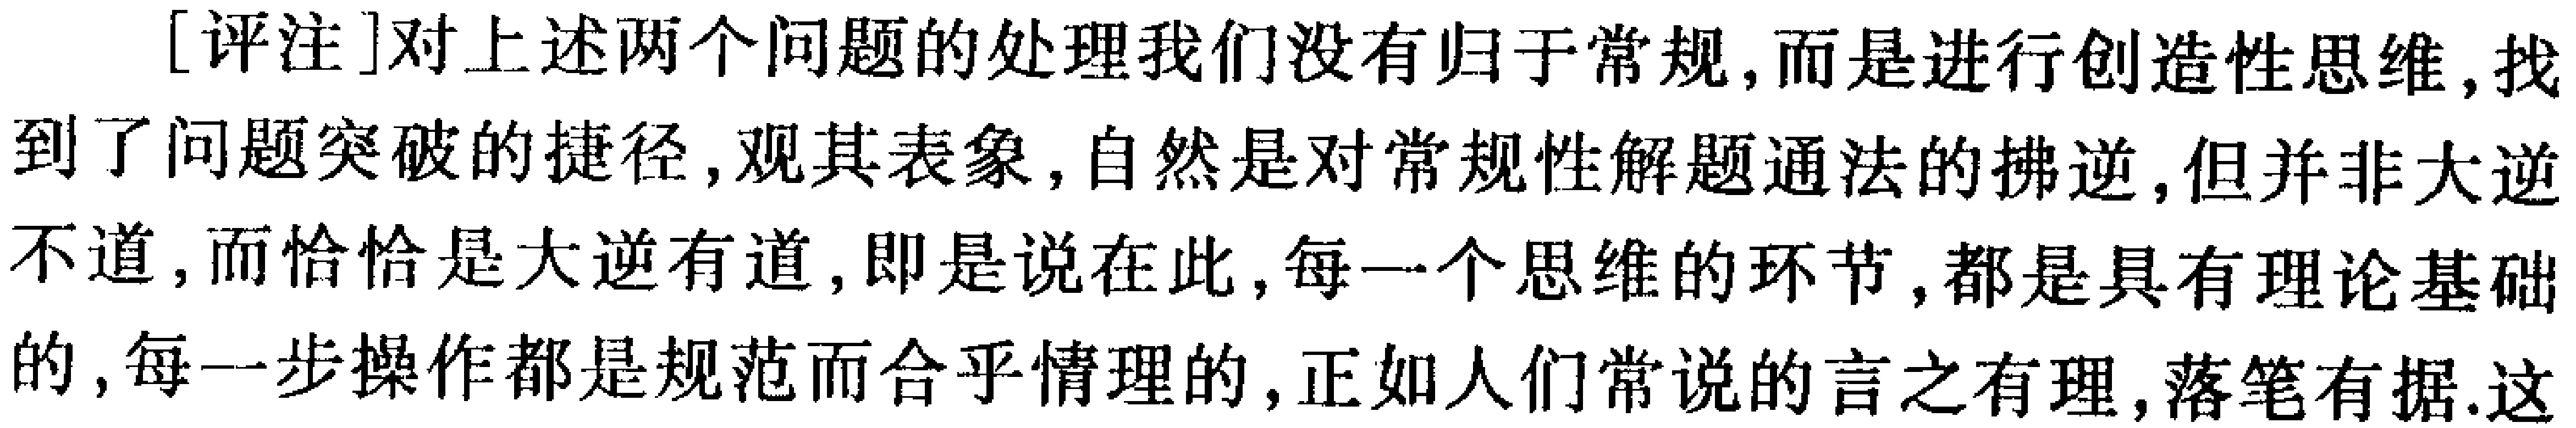
[评注]对上述两个问题的处理我们没有归于常规,而是进行创造性思维,找到了问题突破的捷径,观其表象,自然是对常规性解题通法的拂逆,但并非大逆不道,而恰恰是大逆有道,即是说在此,每一个思维的环节,都是具有理论基础的,每一步操作都是规范而合乎情理的,正如人们常说的言之有理,落笔有据.这